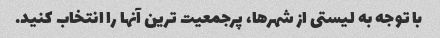
با توجه به لیستی از شهرها، پرجمعیت ترین آنها را انتخاب کنید.